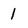
Character: 1